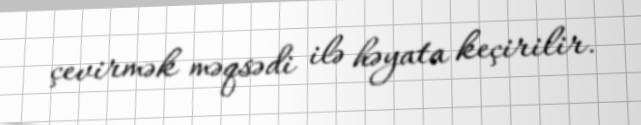
çevirmək məqsədi ilə həyata keçirilir.